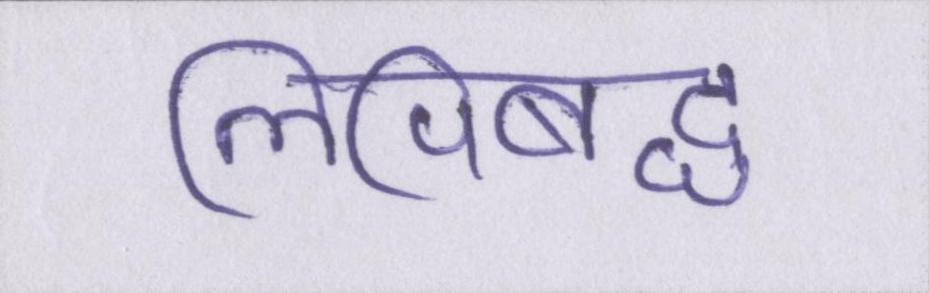
लिपिबद्ध